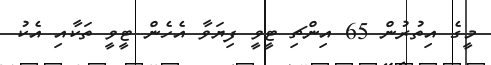
މީގެ އިތުރުން 65 އިންޗި ޓީވީ ފިޔަވާ އެހެން ޓީވީ ތަކާއި އެކު